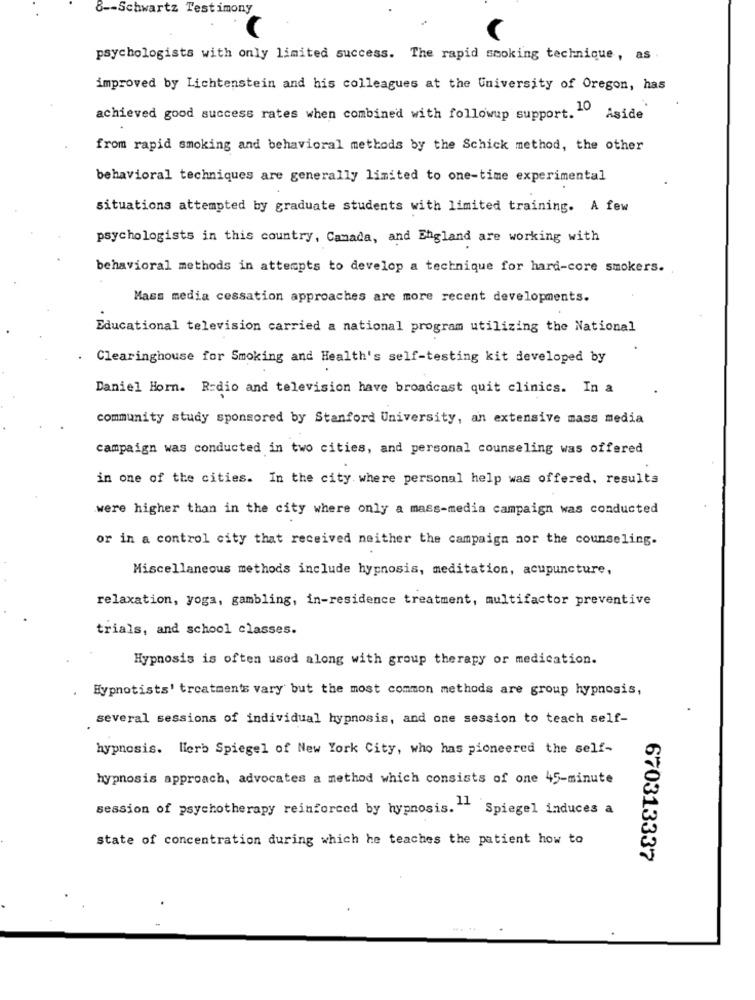
8 -- Schwartz Testimony
psychologists with only limited success. The rapid smoking technique, as
improved by Lichtenstein and his colleagues at the University of Oregon, has
achieved good success rates when combined with followup support. Aside
from rapid smoking and behavioral methods by the Schick method, the other
behavioral techniques are generally limited to one-time experimental
situations attempted by graduate students with limited training. A few
psychologists in this country, Canada, and England are working with
behavioral methods in attempts to develop a technique for hard-core smokers.
Mass media cessation approaches are more recent developments.
Educational television carried a national program utilizing the National
Clearinghouse for Smoking and Health's self-testing kit developed by
Daniel Horn. Radio and television have broadcast quit clinics. In a
community study sponsored by Stanford University, an extensive mass media
campaign was conducted in two cities, and personal counseling was offered
in one of the cities. In the city where personal help was offered, results
were higher than in the city where only a mass-media campaign was conducted
or in a control city that received neither the campaign nor the counseling.
Miscellaneous methods include hypnosis, meditation, acupuncture,
relaxation, yoga, gambling, in-residence treatment, multifactor preventive
trials, and school classes.
Hypnosis is often used along with group therapy or medication.
Hypnotists' treatments vary but the most common methods are group hypnosis,
several sessions of individual hypnosis, and one session to teach self-
hypnosis. Herb Spiegel of New York City, who has pioneered the self-
hypnosis approach, advocates a method which consists of one 45-minute
session of psychotherapy reinforced by hypnosis." Spiegel induces a
state of concentration during which he teaches the patient how to
670313337
-. 14